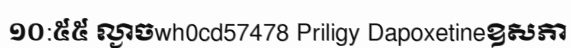
១០:៥៥ ល្ងាចwh0cd57478 Priligy Dapoxetineឧសភា